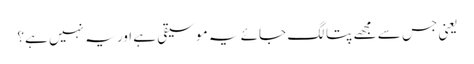
یعنی جس سے مجھے پتا لگ جائے یہ موسیقی ہے اور یہ نہیں ہے؟